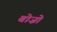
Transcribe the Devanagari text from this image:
बोज़ो